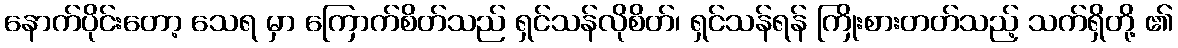
နောက်ပိုင်းတော့ သေရ မှာ ကြောက်စိတ်သည် ရှင်သန်လိုစိတ်၊ ရှင်သန်ရန် ကြိုးစားတတ်သည့် သက်ရှိတို့ ၏